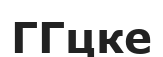
ГГцке